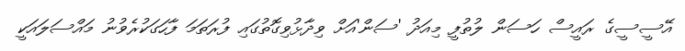
އޭސީސީގެ ރައީސް ހަސަން ލުތުފީ މިއަދު 'ސަން'އަށް ވިދާޅުވިގޮތުގައި ފުރަތަމަ ފާހަގަކުރެވުނު މައްސަލައަކީ